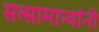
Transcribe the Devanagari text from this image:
सत्सामान्यांनी